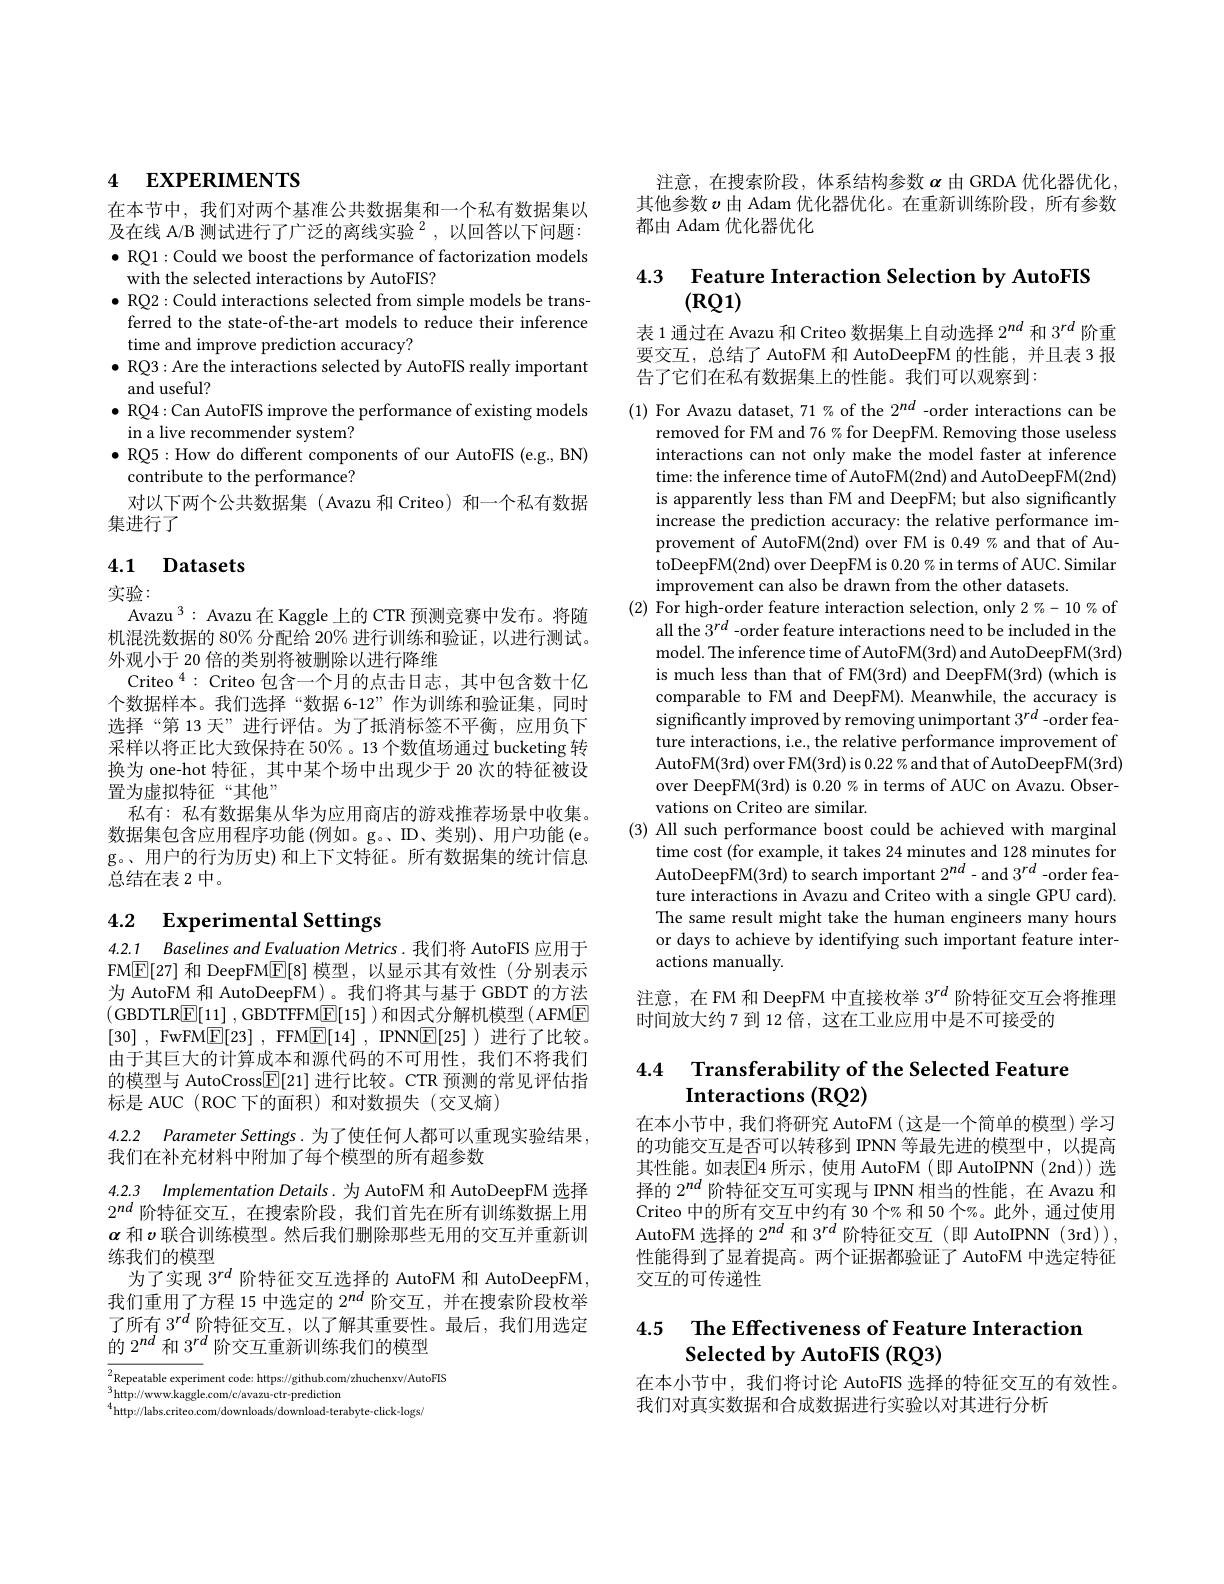
## 4 EXPERIMENTS

在本节中，我们对两个基准公共数据集和一个私有数据集以及在线 A/B 测试进行了广泛的离线实验$^2$,以回答以下问题： $\bullet$ RQ1: Could we boost the performance of factorization models with the selected interactions by AutoFIS?
$\bullet$ RQ2: Could interactions selected from simple models be transferred to the state-of-the-art models to reduce their inference time and improve prediction accuracy?
$\bullet$ RQ3: Are the interactions selected by AutoFIS really important
and useful?
$\bullet$ RQ4:Can AutoFIS improve the performance of existing models
in a live recommender system?
$\bullet$ RQ5:How do different components of our AutoFIS (e.g., BN)
contribute to the performance?
对以下两个公共数据集(Avazu 和 Criteo) 和一个私有数据
集进行了

## 4.1 Datasets

实验：
Avazu $^{3}:$ Avazu 在 Kaggle 上的 CTR 预测竞赛中发布。将随机混洗数据的 80% 分配给 20% 进行训练和验证，以进行测试。外观小于 20 倍的类别将被删除以进行降维
Criteo$^{4}:$ Criteo 包含一个月的点击日志，其中包含数十亿个数据样本。我们选择“数据 6-12”作为训练和验证集，同时选择“第 13 天”进行评估。为了抵消标签不平衡，应用负下采样以将正比大致保持在 50%。13 个数值场通过 bucketing 转换为 one-hot 特征，其中某个场中出现少于 20 次的特征被设置为虚拟特征“其他”
私有：私有数据集从华为应用商店的游戏推荐场景中收集。数据集包含应用程序功能(例如。g。、ID、类别)、用户功能(e。g。、用户的行为历史) 和上下文特征。所有数据集的统计信息总结在表 2 中。

# 4.2 Experimental Settings

4.2.1 Baselines and Evaluation Metrics. 我们将 AutoFIS 应用于FM$\boxed{\mathrm{E}}[27]$和 DeepFM$\boxed{\mathrm{E}}[8]$模型，以显示其有效性(分别表示为 AutoFM 和 AutoDeepFM)。我们将其与基于 GBDT 的方法(GBDTLR$\boxed{\mathrm{E}}[11]$,GBDTFFM$\boxed{\mathrm{E}}[15])$和因式分解机模型(AFM$\boxed{\mathrm{E}}$ [30] , FwFM$\boxed{\mathrm{E} }[ 23]$ , FFM$\boxed{\mathrm{E} }[ 14]$ , IPNN$\boxed{\mathrm{E} }[ 25]$ ) 进行了比较。由于其巨大的计算成本和源代码的不可用性，我们不将我们的模型与 AutoCross$\boxed{\mathbb{E}}[21]$进行比较。CTR 预测的常见评估指标是 AUC (ROC 下的面积)和对数损失(交叉熵)

4.2.2 Parameter Settings.为了使任何人都可以重现实验结果，

我们在补充材料中附加了每个模型的所有超参数

4.2.3 Implementation Details. 为 AutoFM 和 AutoDeepFM 选择$2^{nd}\dot{\text{ 阶特征交互，在搜索阶段，我们首先在所有训练数据上用}}$ $\alpha$和$v$联合训练模型。然后我们删除那些无用的交互并重新训练我们的模型
为了实现$3^{rd}$阶特征交互选择的 AutoFM 和 AutoDeepFM, 我们重用了方程 15 中选定的$2^{nd}$阶交互，并在搜索阶段枚举了所有$3^{rd}$阶特征交互，以了解其重要性。最后，我们用选定的$2^{nd}$和$3^{rd}$阶交互重新训练我们的模型

${\overline{2}}{\text{Repeatable experiment code: https://github.com/zhuchenxv/AutoFIS}}$ ${3}{\mathrm{http://www.kaggle.com/c/avazu-ctr-prediction}}$
$^{4}$http://labs.criteo.com/downloads/download-terabyte-click-logs/

注意，在搜索阶段，体系结构参数$\alpha$由 GRDA 优化器优化其他参数$v$由 Adam 优化器优化。在重新训练阶段，所有参数都由 Adam 优化器优化

# 4.3 Feature Interaction Selection by AutoFI $(\mathbf{RQ}1)$

表 1 通过在 Avazu 和 Criteo 数据集上自动选择$2^{nd}$和 3$^{rd}$阶重要交互，总结了 AutoFM 和 AutoDeepFM 的性能，并且表 3 报告了它们在私有数据集上的性能。我们可以观察到：

(1) For Avazu dataset, 71% of the $2^{nd}$ -order interactions can be
removed for FM and 76% for DeepFM. Removing those useless interactions can not only make the model faster at inference time: the inference time of AutoFM(2nd) and AutoDeepFM(2nd) is apparently less than FM and DeepFM; but also significantly increase the prediction accuracy: the relative performance improvement of AutoFM(2nd) over FM is 0.49%and that of AutoDeepFM(2nd) over DeepFM is 0.20% in terms of AUC. Similar improvement can also be drawn from the other datasets.
(2) For high-order feature interaction selection, only $2\%-10\%$ of
all the $3^{rd}$ -order feature interactions need to be included in the model. The inference time of AutoFM(3rd) and AutoDeepFM(3rd) is much less than that of FM(3rd) and DeepFM(3rd) (which is comparable to FM and DeepFM). Meanwhile, the accuracy is significantly improved by removing unimportant 3$^{rd}$ -order feature interactions, i.e., the relative performance improvement of AutoFM(3rd) over FM(3rd) is 0.22 % and that of AutoDeepFM(3rd) over DeepFM(3rd) is 0.20% in terms of AUC on Avazu. Observations on Criteo are similar.
(3) All such performance boost could be achieved with marginal
time cost (for example, it takes 24 minutes and 128 minutes for AutoDeepFM(3rd) to search important $2^{nd}-$and $3^rd$ -order feature interactions in Avazu and Criteo with a single GPU card). The same result might take the human engineers many hours or days to achieve by identifying such important feature interactions manually
注意，在 FM 和 DeepFM 中直接枚举$3^{rd}$阶特征交互会将推理

时间放大约 7 到 12 倍，这在工业应用中是不可接受的

## 4.4 Transferability of the Selected Feature Interactions (RQ2)

在本小节中，我们将研究 AutoFM (这是一个简单的模型) 学习的功能交互是否可以转移到 IPNN 等最先进的模型中，以提高其性能。如表$\overline{\mathrm{E}}$4 所示，使用 AutoFM (即 AutoIPNN (2nd))选择的$2^{nd}$阶特征交互可实现与 IPNN 相当的性能，在 Avazu 和Criteo 中的所有交互中约有 30 个% 和 50 个%。此外，通过使用AutoFM 选择的$2^{nd}$和$3^{rd}$阶特征交互(即 AutoIPNN (3rd)), 性能得到了显着提高。两个证据都验证了 AutoFM 中选定特征交互的可传递性

### 4.5 $\textbf{The Effectiveness of Feature Interaction}$ Selected by AutoFIS (RQ3)

在本小节中，我们将讨论 AutoFIS 选择的特征交互的有效性。
我们对真实数据和合成数据进行实验以对其进行分析